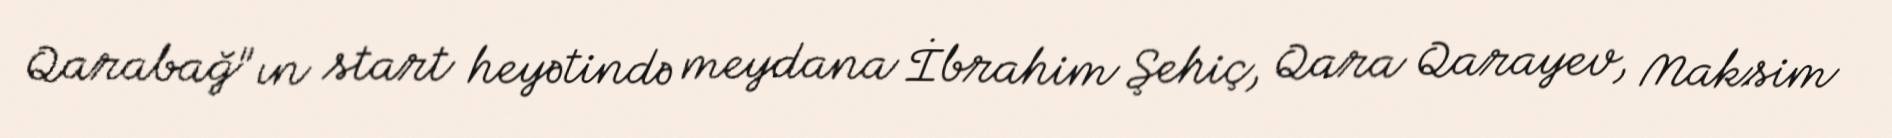
Qarabağ"ın start heyətində meydana İbrahim Şehiç, Qara Qarayev, Maksim